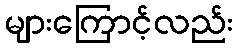
များကြောင့်လည်း